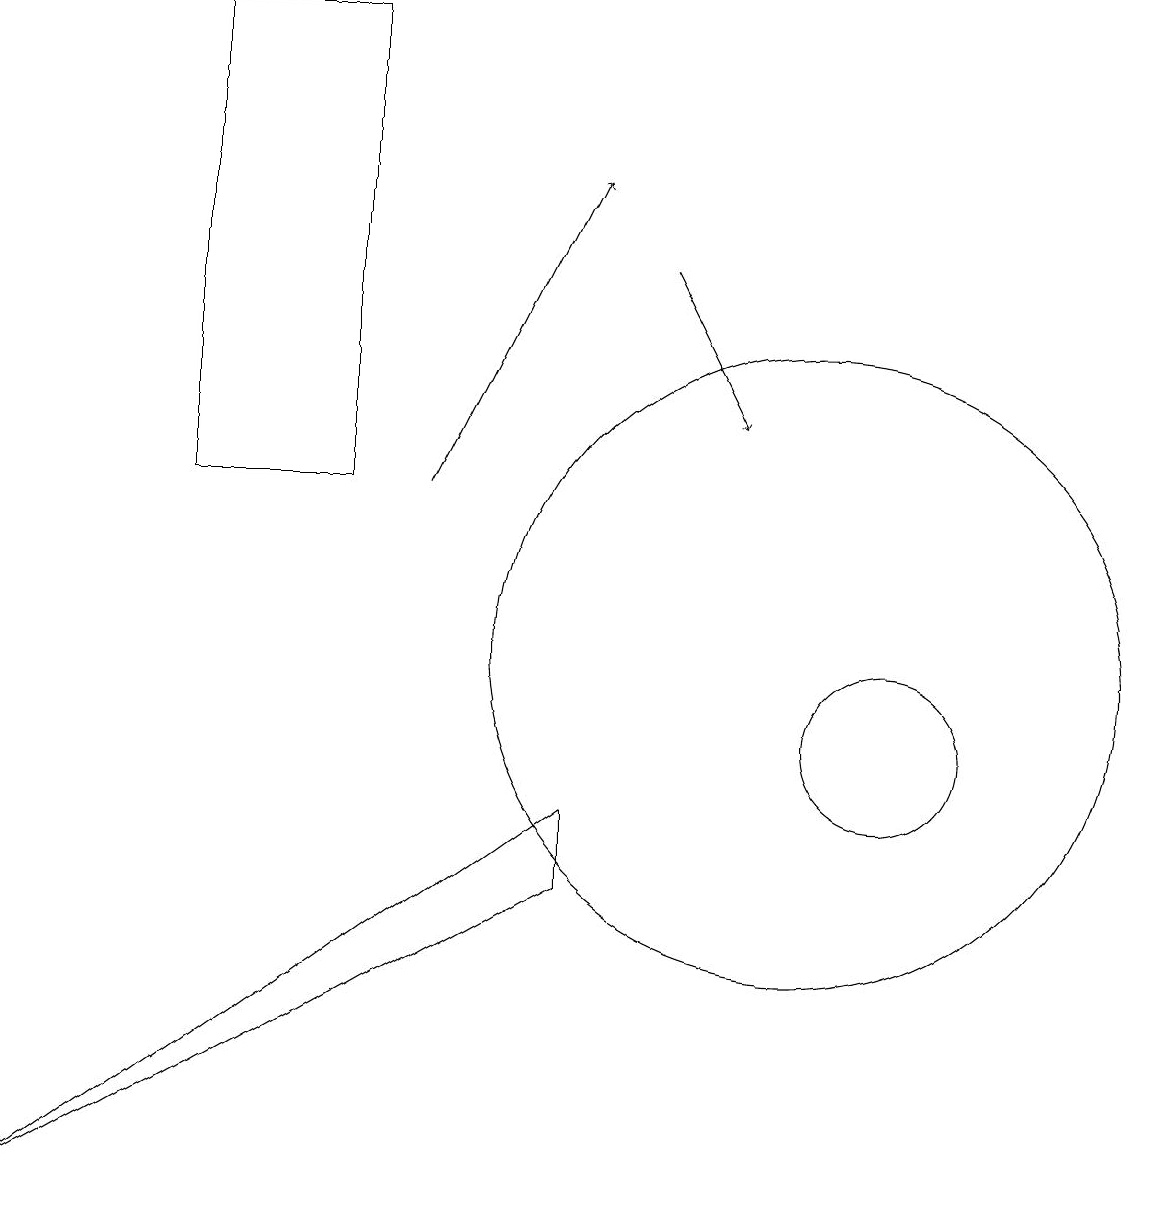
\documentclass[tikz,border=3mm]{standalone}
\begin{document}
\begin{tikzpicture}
\draw (7,8) -- (7,9) -- (0,4) -- cycle;
\draw[->] (8,16) -- (9,14);
\draw (11,10) circle (1);
\draw (11,10) circle (0);
\draw (2,13) rectangle (4,19);
\draw[->] (5,13) -- (7,17);
\draw (10,11) circle (4);
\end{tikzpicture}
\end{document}